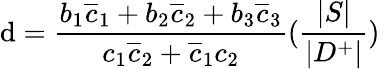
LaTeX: \mathrm{d}={\frac{{b_{1}\overline{{{c}}}_{1}+b_{2}\overline{{{c}}}_{2}+b_{3}\overline{{{c}}}_{3}}}{{c_{1}\overline{{{c}}}_{2}+\overline{{{c}}}_{1}c_{2}}}}({\frac{{|S|}}{{|D^{+}|}}})